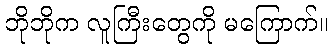
ဘိုဘိုက လူကြီးတွေကို မကြောက်။